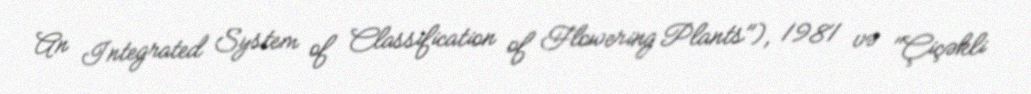
An Integrated System of Classification of Flowering Plants"), 1981 və "Çiçəkli